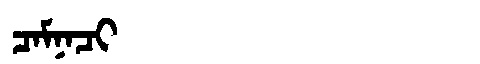
Manchu: ᠴᠠᠮᠨᠠᠴᡳ
Romanization: CAMNACI